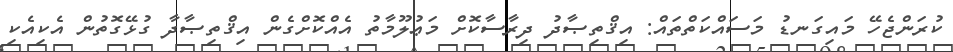
ކުރަންޖެހޭ މައިގަނޑު މަސައްކަތްތައް: އިޤްތިޞާދު ދިރާސާކޮށް މަޢުލޫމާތު އެއްކޮށްގެން އިޤްތިޞާދާ ގުޅޭގޮތުން އެކިއެކި